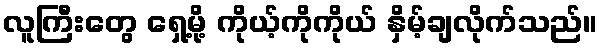
လူကြီးတွေ ရှေ့မို့ ကိုယ့်ကိုကိုယ် နှိမ့်ချလိုက်သည်။